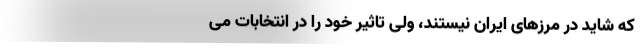
که شاید در مرز‌های ایران نیستند، ولی تاثیر خود را در انتخابات می‌